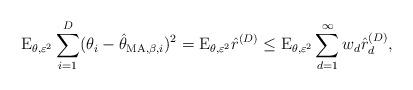
LaTeX: \begin{align*}\mathrm{E}_{\theta,\varepsilon^2}\sum_{i=1}^{D}(\theta_{i}-\hat{\theta}_{\mathrm{MA},\beta,i})^2=\mathrm{E}_{\theta,\varepsilon^2}\hat{r}^{(D)}\leq \mathrm{E}_{\theta,\varepsilon^2} \sum_{d=1}^{\infty}w_{d}\hat{r}^{(D)}_{d} ,\end{align*}